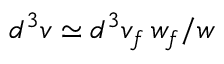
d ^ { 3 } v \simeq d ^ { 3 } v _ { f } \: w _ { f } / w